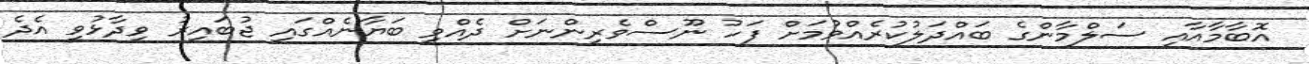
އޮބާމާއާއި ސަލްމާންގެ ބައްދަލުކުރެއްވުމަށް ފަހު ނޫސްވެރިންނަށް ދެއްވި ބަޔާނެއްގައި ޖުބައިރު ވިދާޅުވީ އެދެ